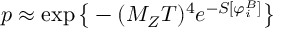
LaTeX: p \approx \exp \big \{ - ( M _ { Z } T ) ^ { 4 } e ^ { - S [ \varphi _ { i } ^ { B } ] } \big \}